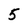
Character: 5